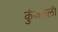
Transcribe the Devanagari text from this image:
कुंजगली